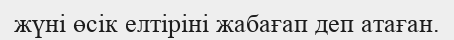
жүні өсік елтіріні жабағап деп атаған.